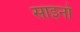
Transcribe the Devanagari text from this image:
साइनो